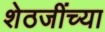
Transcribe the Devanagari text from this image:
शेठजींच्या